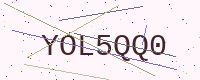
Text: YOL5QQ0